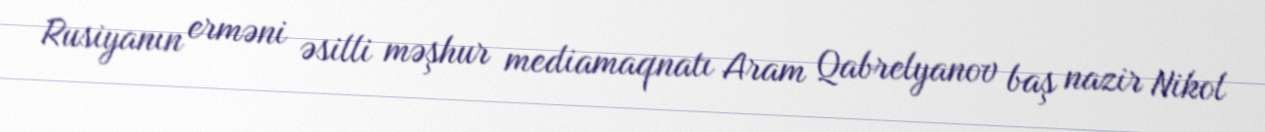
Rusiyanın erməni əsilli məşhur mediamaqnatı Aram Qabrelyanov baş nazir Nikol